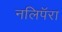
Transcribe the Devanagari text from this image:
नलिपॅरा